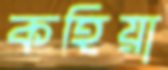
কহিয়া